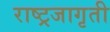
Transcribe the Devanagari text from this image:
राष्ट्रजागृती